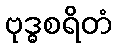
ဗုဒ္ဓစရိတံ